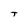
Character: T